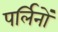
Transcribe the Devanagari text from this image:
पर्लिनों